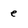
Character: e